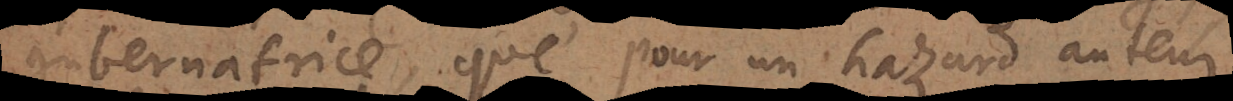
gubernatrice, que pour un hazard auteur